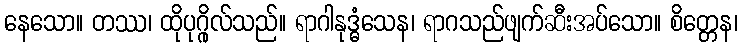
နေသော။ တဿ၊ ထိုပုဂ္ဂိုလ်သည်။ ရာဂါနုဒ္ဓံသေန၊ ရာဂသည်ဖျက်ဆီးအပ်သော။ စိတ္တေန၊